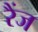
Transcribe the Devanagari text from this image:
रैंज